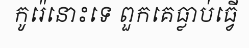
កូរ៉េនោះទេ ពួកគេធ្លាប់ធ្វើ